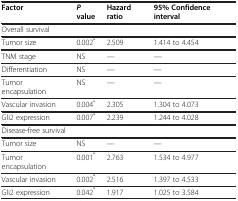
| Factor | P value | Hazard ratio | 95% Confidence interval |
 | --- | --- | --- | --- |
 | Overall survival |  |  |  |
 | Tumor size | 0.002* | 2.509 | 1.414 to 4.454 |
 | TNM stage | NS | — | — |
 | Differentiation | NS | — | — |
 | Tumor encapsulation | NS | — | — |
 | Vascular invasion | 0.004* | 2.305 | 1.304 to 4.073 |
 | Gli2 expression | 0.007* | 2.239 | 1.244 to 4.028 |
 | Disease-free survival |  |  |  |
 | Tumor size | NS | — | — |
 | Tumor encapsulation | 0.001* | 2.763 | 1.534 to 4.977 |
 | Vascular invasion | 0.002* | 2.516 | 1.397 to 4.533 |
 | Gli2 expression | 0.042* | 1.917 | 1.025 to 3.584 |